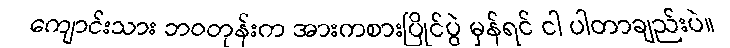
ကျောင်းသား ဘဝတုန်းက အားကစားပြိုင်ပွဲ မှန်ရင် ငါ ပါတာချည်းပဲ။